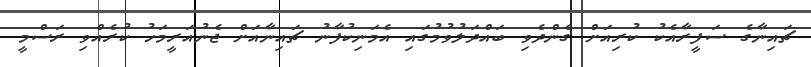
ޗައިނާގެ ސަފީރާއެކު ކުރިއަށް ގެންދެވި ބައްދަލުވުމުގައި އެމަނިކުފާނު ޗައިނާއަށް ޖެނުއަރީމަހު ކުރެއްވި ރަސްމީ